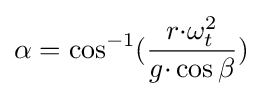
\alpha ={\cos ^{-1}}({\frac {r{\cdot }\omega _{t}^{2}}{g{\cdot }\cos \beta }})